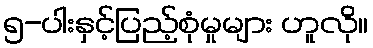
၅-ပါးနှင့်ပြည့်စုံမှုများ ဟူလို။